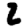
Digit: 2